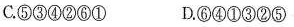
C. ⑤③④②⑥① D. ⑥④①③②⑤